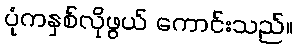
ပုံကနှစ်လိုဖွယ် ကောင်းသည်။